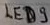
Text: LED9